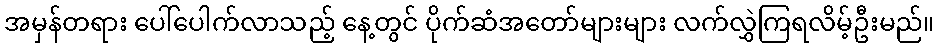
အမှန်တရား ပေါ်ပေါက်လာသည့် နေ့တွင် ပိုက်ဆံအတော်များများ လက်လွှဲကြရလိမ့်ဦးမည်။